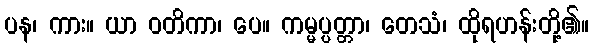
ပန၊ ကား။ ယာ ဝတိကာ၊ ပေ။ ကမ္မပ္ပတ္တာ၊ တေသံ၊ ထိုရဟန်းတို့၏။